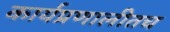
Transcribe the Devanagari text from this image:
कार्यप्रणालीतच